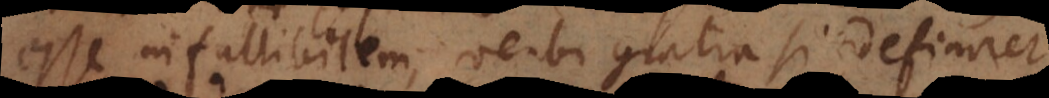
esse infallibilem, verbi gratia si definiret